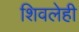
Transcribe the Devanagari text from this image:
शिवलेही